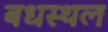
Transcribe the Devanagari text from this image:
बधस्थल